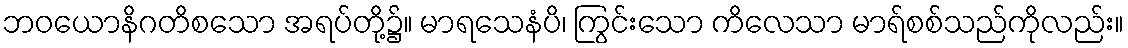
ဘဝယောနိဂတိစသော အရပ်တို့၌။ မာရသေနံပိ၊ ကြွင်းသော ကိလေသာ မာရ်စစ်သည်ကိုလည်း။